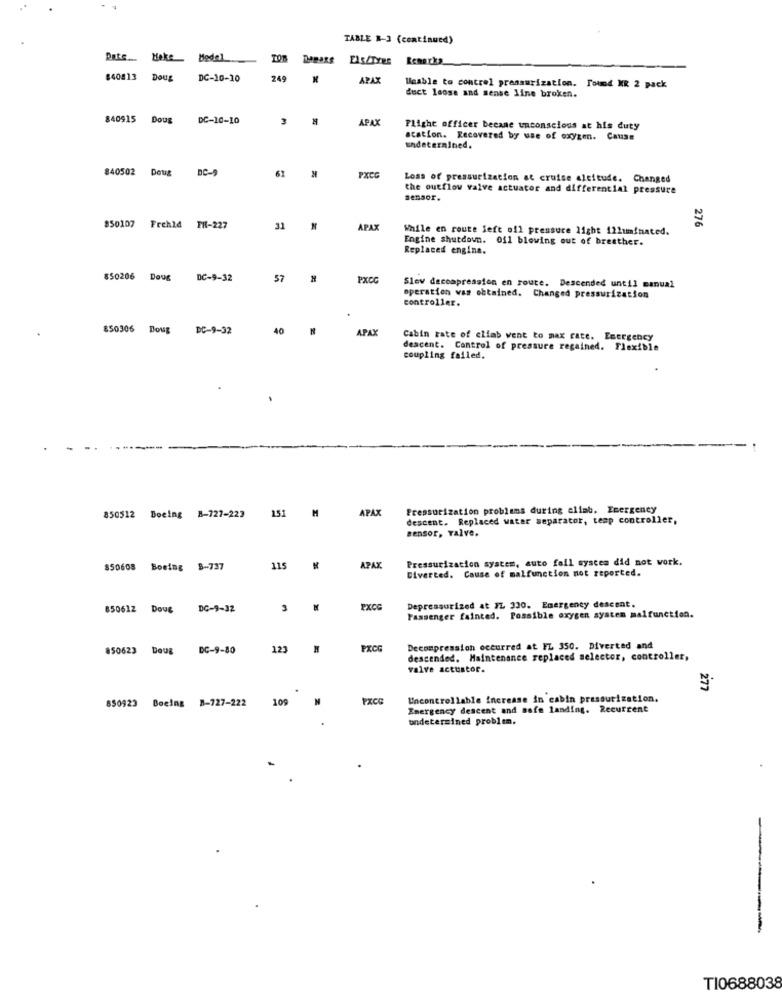
TABLE N-3 (continued)
Date ..
TOB
ELS/TYRE
Remarks
840813
DOUE
DC-10-10
249
APAX
Beable to control pressurization. Found MR 2 pack
duct loose and sense line broken.
840915
Doug
DC-10-10
3
APAX
Flight officer becane unconscious at his duty
acation. Recovered by use of oxygen. Cause
undetermined.
840502
Doug
DC-
62
PXCG
Loss of pressurization at cruise altitude. Changed
the outflow valve actuator and differential pressure
sensor.
276
$50107
Frehld PH-227
31
APAX
While en route left off pressure light illuminated.
Engine shutdown. 011 blowing out of breather.
Replaced engina.
850206 Dous
DC-9-32
57
PXCC
Slev decompression en route. Descended until manual
operation was obtained. Changed pressurization
controller.
850306 Doug DC-9-32
40
APAY
Cabin rate of cliab vent to max rate. Emergency
descent. Control of pressure regained. Flexible
coupling failed.
Boeing 8-727-223
151
APAX
Pressurization problems during aliab. Emergency
850512
M
descent. Replaced water separator, temp controller,
sensor, valve.
Pressurization system, auto fall system did not work.
$50608 Boeing 8-737
115
APAX
Diverted. Cause of malfunction not reported.
Depressurized at IL 330. Emergency descent.
850612 Dove
DC-9-32
3
PXCG
Passenger fainted. Possible oxygen system malfunction.
850623 Doug
DC-9-80
123
PXCG
Decompression occurred at FL 350. Diverted and
descended. Maintenance replaced selector, controller,
valve actustor.
277
850923 Boeing 8-727-222
109
N
PXCC
Uncontrollable increase in cabin pressurization.
Emergency descent and safe landing. Recurrent
undetermined problem.
TI0688038